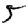
Digit: 5